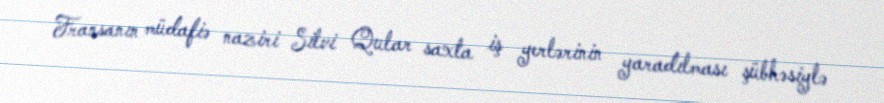
Fransanın müdafiə naziri Silvi Qular saxta iş yerlərinin yaradılması şübhəsiylə